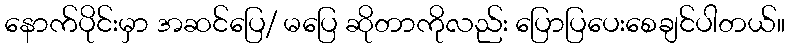
နောက်ပိုင်းမှာ အဆင်ပြေ/ မပြေ ဆိုတာကိုလည်း ပြောပြပေးစေချင်ပါတယ်။